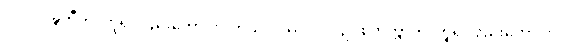
လ။ ပဝဍ္ဎတီတိ၊ ဟူ၍လည်းကောင်း။ ကုသလဿ၊ လ။ ဥပစိတတ္တာတိ၊ ဟူ၍လည်းကောင်း။